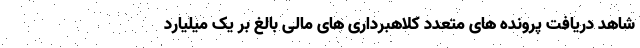
شاهد دریافت پرونده های متعدد کلاهبرداری های مالی بالغ بر یک میلیارد